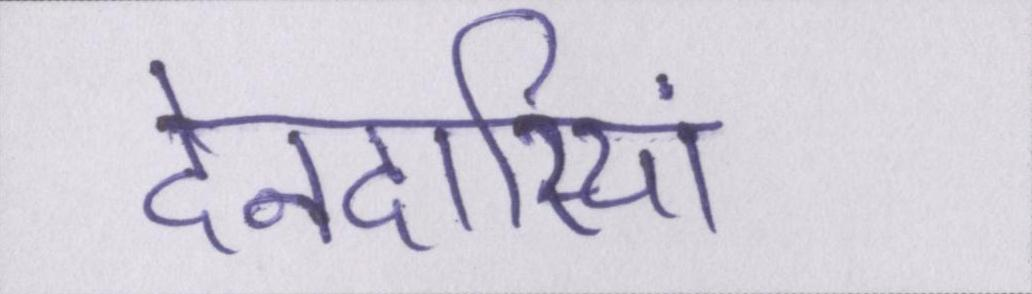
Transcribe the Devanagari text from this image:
देनदारियां